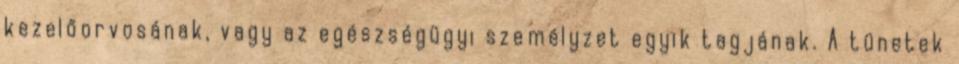
kezelőorvosának, vagy az egészségügyi személyzet egyik tagjának. A tünetek